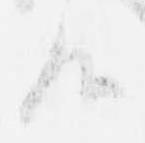
候